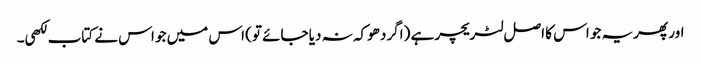
اور پھریہ جو اس کا اصل لٹریچر ہے (اگر دھوکہ نہ دیا جائے تو) اس میں جو اس نے کتاب لکھی۔